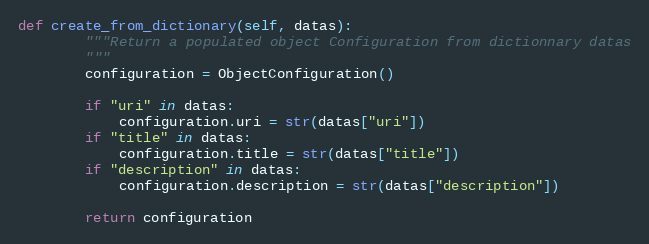
Language: Python
def create_from_dictionary(self, datas):
        """Return a populated object Configuration from dictionnary datas
        """
        configuration = ObjectConfiguration()

        if "uri" in datas:
            configuration.uri = str(datas["uri"])
        if "title" in datas:
            configuration.title = str(datas["title"])
        if "description" in datas:
            configuration.description = str(datas["description"])

        return configuration